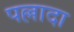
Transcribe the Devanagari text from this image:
पल्लादा